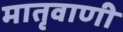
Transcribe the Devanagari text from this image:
मातृवाणी